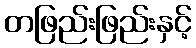
တဖြည်းဖြည်းနှင့်